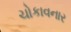
ચોકાવનાર